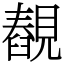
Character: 䚎